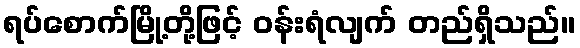
ရပ်စောက်မြို့တို့ဖြင့် ဝန်းရံလျက် တည်ရှိသည်။